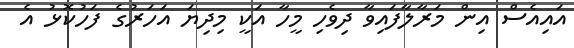
އައިއެސް އިން މަރާލާފައިވާ ދިވެހި މީހާ އަކީ މިދިޔަ އަހަރުގެ ފަހުކޮޅު އެ